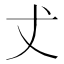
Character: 𠀋